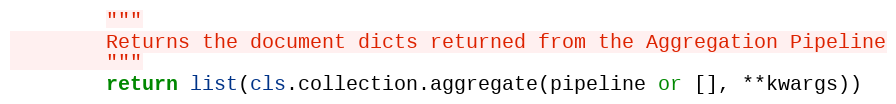
Language: Python
        """
        Returns the document dicts returned from the Aggregation Pipeline
        """
        return list(cls.collection.aggregate(pipeline or [], **kwargs))